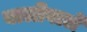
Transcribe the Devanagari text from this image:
बालीवाले